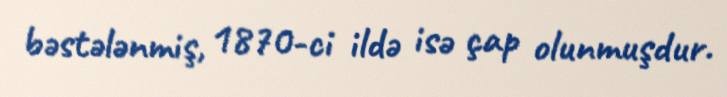
bəstələnmiş, 1870-ci ildə isə çap olunmuşdur.